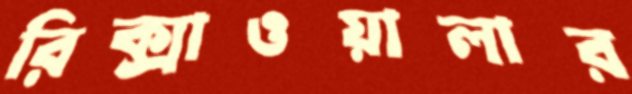
রিক্সাওয়ালার